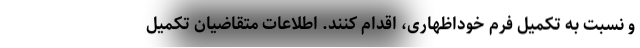
و نسبت به تکمیل فرم خوداظهاری، اقدام کنند. اطلاعات متقاضیان تکمیل